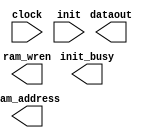
// megafunction wizard: %RAM initializer%VBB%
// GENERATION: STANDARD
// VERSION: WM1.0
// MODULE: ALTMEM_INIT 

// ============================================================
// Megafunction Name(s):
// 			ALTMEM_INIT
//
// Simulation Library Files(s):
// 			lpm
// ============================================================
// ************************************************************
// THIS IS A WIZARD-GENERATED FILE. DO NOT EDIT THIS FILE!
//
// 17.1.0 Build 590 10/25/2017 SJ Lite Edition
// ************************************************************

//Copyright (C) 2017  Intel Corporation. All rights reserved.
//Your use of Intel Corporation's design tools, logic functions 
//and other software and tools, and its AMPP partner logic 
//functions, and any output files from any of the foregoing 
//(including device programming or simulation files), and any 
//associated documentation or information are expressly subject 
//to the terms and conditions of the Intel Program License 
//Subscription Agreement, the Intel Quartus Prime License Agreement,
//the Intel FPGA IP License Agreement, or other applicable license
//agreement, including, without limitation, that your use is for
//the sole purpose of programming logic devices manufactured by
//Intel and sold by Intel or its authorized distributors.  Please
//refer to the applicable agreement for further details.

module mypic (
	clock,
	init,
	dataout,
	init_busy,
	ram_address,
	ram_wren)/* synthesis synthesis_clearbox = 1 */;

	input	  clock;
	input	  init;
	output	[11:0]  dataout;
	output	  init_busy;
	output	[18:0]  ram_address;
	output	  ram_wren;

endmodule

// ============================================================
// CNX file retrieval info
// ============================================================
// Retrieval info: LIBRARY: altera_mf altera_mf.altera_mf_components.all
// Retrieval info: PRIVATE: INTENDED_DEVICE_FAMILY STRING "Cyclone V"
// Retrieval info: CONSTANT: INIT_FILE STRING "UNUSED"
// Retrieval info: CONSTANT: INIT_TO_ZERO STRING "YES"
// Retrieval info: CONSTANT: INTENDED_DEVICE_FAMILY STRING "Cyclone V"
// Retrieval info: CONSTANT: LPM_HINT STRING "UNUSED"
// Retrieval info: CONSTANT: LPM_TYPE STRING "altmem_init"
// Retrieval info: CONSTANT: NUMWORDS NUMERIC "327680"
// Retrieval info: CONSTANT: PORT_ROM_DATA_READY STRING "PORT_UNUSED"
// Retrieval info: CONSTANT: ROM_READ_LATENCY NUMERIC "1"
// Retrieval info: CONSTANT: WIDTH NUMERIC "12"
// Retrieval info: CONSTANT: WIDTHAD NUMERIC "19"
// Retrieval info: USED_PORT: clock 0 0 0 0 INPUT NODEFVAL "clock"
// Retrieval info: CONNECT: @clock 0 0 0 0 clock 0 0 0 0
// Retrieval info: USED_PORT: dataout 0 0 12 0 OUTPUT NODEFVAL "dataout[11..0]"
// Retrieval info: CONNECT: dataout 0 0 12 0 @dataout 0 0 12 0
// Retrieval info: USED_PORT: init 0 0 0 0 INPUT NODEFVAL "init"
// Retrieval info: CONNECT: @init 0 0 0 0 init 0 0 0 0
// Retrieval info: USED_PORT: init_busy 0 0 0 0 OUTPUT NODEFVAL "init_busy"
// Retrieval info: CONNECT: init_busy 0 0 0 0 @init_busy 0 0 0 0
// Retrieval info: USED_PORT: ram_address 0 0 19 0 OUTPUT NODEFVAL "ram_address[18..0]"
// Retrieval info: CONNECT: ram_address 0 0 19 0 @ram_address 0 0 19 0
// Retrieval info: USED_PORT: ram_wren 0 0 0 0 OUTPUT NODEFVAL "ram_wren"
// Retrieval info: CONNECT: ram_wren 0 0 0 0 @ram_wren 0 0 0 0
// Retrieval info: GEN_FILE: TYPE_NORMAL mypic.v TRUE FALSE
// Retrieval info: GEN_FILE: TYPE_NORMAL mypic.qip TRUE FALSE
// Retrieval info: GEN_FILE: TYPE_NORMAL mypic.bsf TRUE TRUE
// Retrieval info: GEN_FILE: TYPE_NORMAL mypic_inst.v TRUE TRUE
// Retrieval info: GEN_FILE: TYPE_NORMAL mypic_bb.v TRUE TRUE
// Retrieval info: GEN_FILE: TYPE_NORMAL mypic.inc TRUE TRUE
// Retrieval info: GEN_FILE: TYPE_NORMAL mypic.cmp TRUE TRUE
// Retrieval info: LIB_FILE: lpm